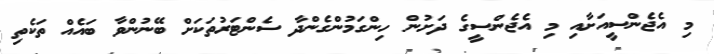
މި އެޖެންސީއަށާއި މި އެޖެންސީގެ ދަށުން ހިންގަމުންގެންދާ ސެންޓަރުތަކަށް ބޭނުންވާ ބައެއް ތަކެތި